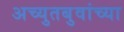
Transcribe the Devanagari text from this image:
अच्युतबुवांच्या